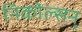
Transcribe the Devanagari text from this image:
निकोल्सन्‌